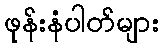
ဖုန်းနံပါတ်များ